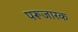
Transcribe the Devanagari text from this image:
परूजारक